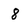
Character: 8